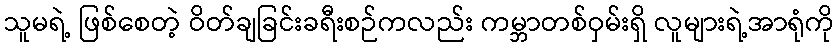
သူမရဲ့ ဖြစ်စေတဲ့ ဝိတ်ချခြင်းခရီးစဉ်ကလည်း ကမ္ဘာတစ်ဝှမ်းရှိ လူများရဲ့အာရုံကို